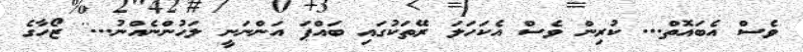
ވެސް އެބައޮތް... ކުރިން ވެސް އެކަހަލަ ރޭތަކުގައި ބައްޕަ އަންނަނީ ލަހުންނެއްނު...'' ޒޯހާގެ